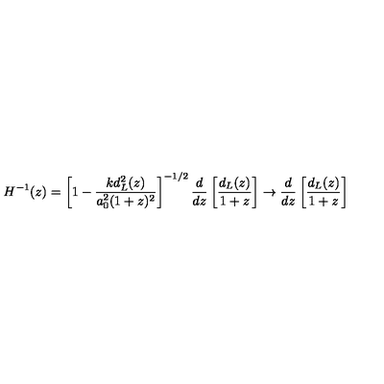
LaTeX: H ^ { - 1 } ( z ) = \left[ 1 - \frac { k d _ { L } ^ { 2 } ( z ) } { a _ { 0 } ^ { 2 } ( 1 + z ) ^ { 2 } } \right] ^ { - 1 / 2 } \frac { d } { d z } \left[ \frac { d _ { L } ( z ) } { 1 + z } \right] \to \frac { d } { d z } \left[ \frac { d _ { L } ( z ) } { 1 + z } \right]